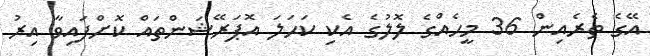
އޭގެ ތެރެއިން 36 މީހެއްގެ ލޮލުގެ އެކި ކަހަލަ އޮޕަރޭޝަންތައް ކޮށްފައިވާ އިރު